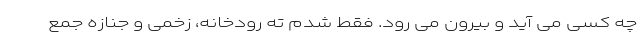
چه کسی می آید و بیرون می رود. فقط شدم ته رودخانه، زخمی و جنازه جمع